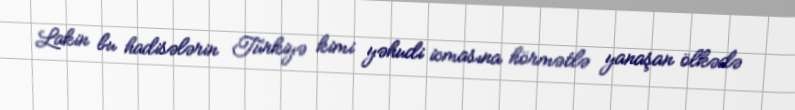
Lakin bu hadisələrin Türkiyə kimi yəhudi icmasına hörmətlə yanaşan ölkədə